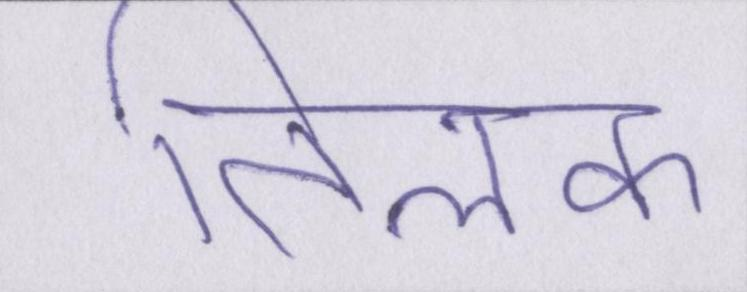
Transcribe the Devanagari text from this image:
तिलक